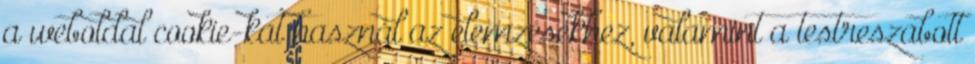
a weboldal cookie-kat használ az elemzésekhez, valamint a testreszabott